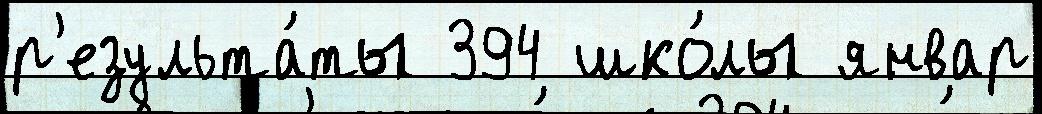
р'езульта́ты 394 шко́лы январ